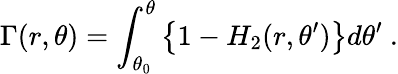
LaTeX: \Gamma(r,\theta)=\int_{\theta_{0}}^{\theta}\left\{ 1-H_{2}(r,\theta^{\prime})\right\} d\theta^{\prime}\ .